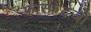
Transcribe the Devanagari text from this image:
फास्फेटेजों